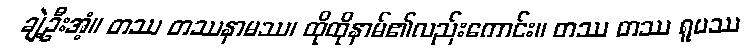
ချဲ့ဦးအံ့။ တဿ တဿနာမဿ၊ ထိုထိုနာမ်၏လည်းကောင်း။ တဿ တဿ ရူပဿ